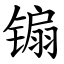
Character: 䦂